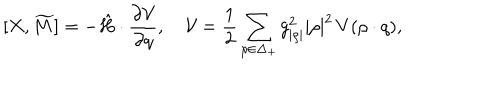
[ X , \widetilde { M } ] = - \hat { H } \cdot { \frac { \partial { \cal V } } { \partial q } } , \quad { \cal V } = { \frac { 1 } { 2 } } \sum _ { \rho \in \Delta _ { + } } { g _ { | \rho | } ^ { 2 } | \rho | ^ { 2 } } \, V ( \rho \cdot q ) ,